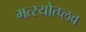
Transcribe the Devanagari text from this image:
मत्स्योत्प्लव